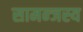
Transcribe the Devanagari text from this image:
सामन्‍जस्‍य